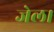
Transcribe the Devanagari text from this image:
जेल।